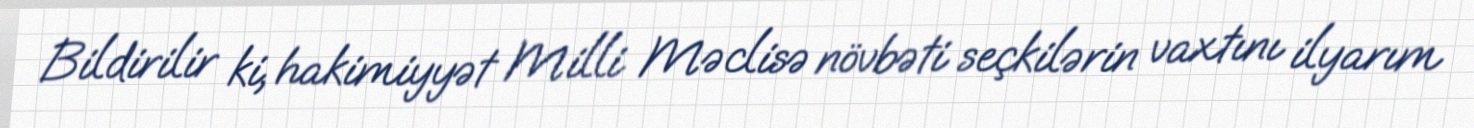
Bildirilir ki, hakimiyyət Milli Məclisə növbəti seçkilərin vaxtını ilyarım